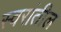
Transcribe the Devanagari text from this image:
स्वरांतील